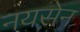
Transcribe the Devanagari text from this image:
नयसेन